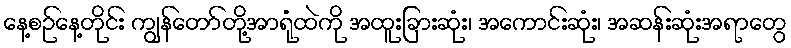
နေ့စဉ်နေ့တိုင်း ကျွန်တော်တို့အာရုံထဲကို အထူးခြားဆုံး၊ အကောင်းဆုံး၊ အဆန်းဆုံးအရာတွေ